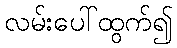
လမ်းပေါ်ထွက်၍